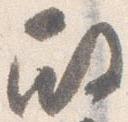
殿